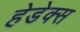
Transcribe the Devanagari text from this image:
हेडेक्स